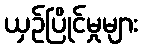
ယှဉ်ပြိုင်မှုများ